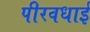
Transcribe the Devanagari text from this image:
पीरवधाई